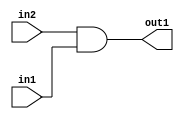
`timescale 1ps / 1ps
/*****************************************************************************
    Verilog RTL Description
    
    
    Created by: Stratus DpOpt 2019.1.01 
*******************************************************************************/

module pe_array_And_1U_5_4_2 (
	in2,
	in1,
	out1
	); /* architecture "behavioural" */ 
input  in2,
	in1;
output  out1;
wire  asc001;

assign asc001 = 
	(in2)
	&(in1);

assign out1 = asc001;
endmodule

/* CADENCE  urXyQgw= : u9/ySgnWtBlWxVPRXgAZ4Og= ** DO NOT EDIT THIS LINE ******/